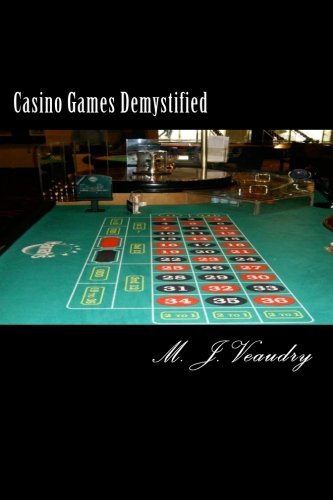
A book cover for Casino Games Demystified; M. J. Veaudry; Humor & Entertainment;